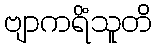
ဗျာကရိံသူတိ